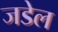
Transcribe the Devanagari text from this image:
जडेल